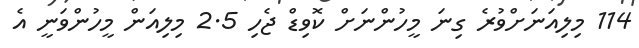
114 މިލިއަނަށްވުރެ ގިނަ މީހުންނަށް ކޮވިޑް ޖެހި 2.5 މިލިއަން މީހުންވަނީ އެ